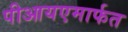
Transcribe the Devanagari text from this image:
पीआयएमार्फत